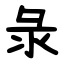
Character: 彔